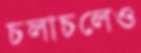
চলাচলেও